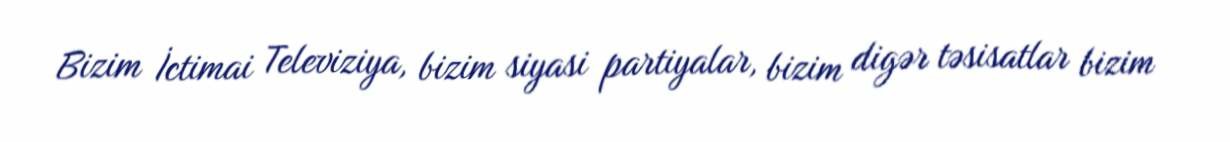
Bizim İctimai Televiziya, bizim siyasi partiyalar, bizim digər təsisatlar bizim